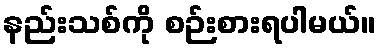
နည်းသစ်ကို စဉ်းစားရပါမယ်။